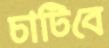
চাটিবে